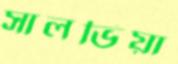
সালভিয়া